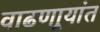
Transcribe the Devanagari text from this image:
वाढणार्‍यांत